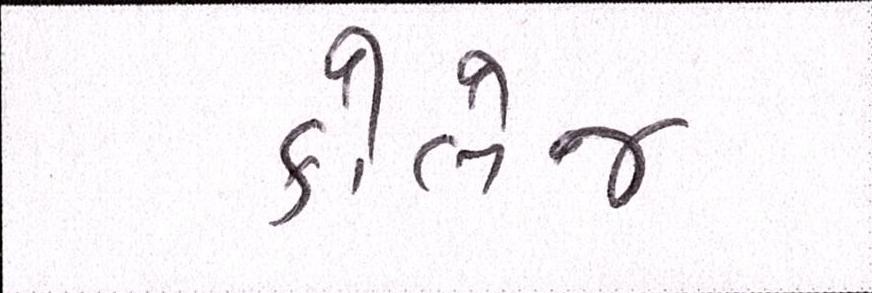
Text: કોલેજ